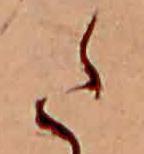
た